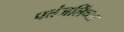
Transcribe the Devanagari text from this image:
पतंजलिंच्या